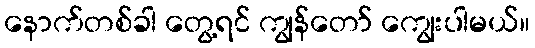
နောက်တစ်ခါ တွေ့ရင် ကျွန်တော် ကျွေးပါမယ်။